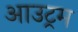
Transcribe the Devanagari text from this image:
आउट्रम